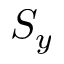
S _ { y }